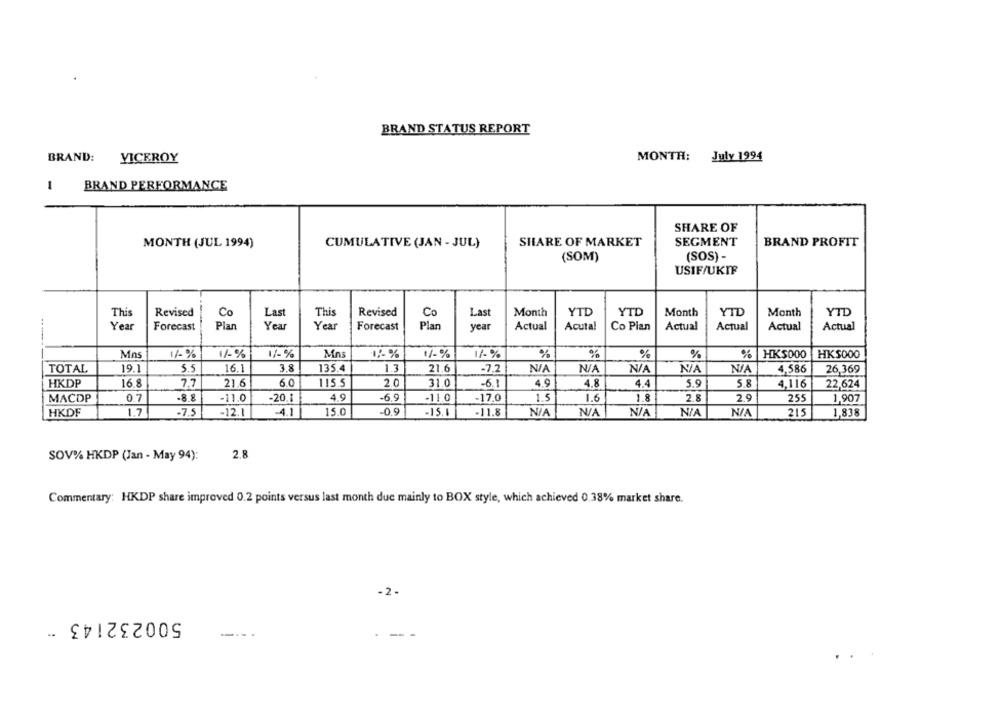
BRAND STATUS REPORT
VICEROY
MONTH: July 1994
BRAND:
1
BRAND PERFORMANCE
SHARE OF
MONTH (JUL 1994)
CUMULATIVE (JAN - JUL)
SHARE OF MARKET
SEGMENT
BRAND PROFIT
(SOM)
(SOS) -
USIF/UKIF
Thi
Revised
Co
Last
This
Revised
Co
Last
Month
YTD
YTD
Month
YTD
Month
YTD
Year
Forecast
Plan
Year
Year
Forecast
Plan
year
Actual
Acuta!
Co Pian
Actual
Actual
Actual
Actual
----
%
Mns
11 %
1/%
17%
Mas
17-%
1% %
%
%
HKS000
HKS000
TOTAL
19.1
5.5
16.1
3.8
135.4
1.3
21.6
-7,2
4.586
26,369
HKDP
16.8
7.7
21.6
6.0
115.5
2.0
31.0
-6.1
4.9
4.8
4.4
5.9
5.8
4.116
22,624
MACDP
0.7
-8.8
-11.0
-20.1
4.9
-6.9
-11.0
-17,0
1.5
1.6
1.8
2.8
2.9
255
1,907
HKDF
1.7
-7.5
-12.1
-4.1
15.0
-0.9
-15.1
-11.8
215
1,838
SOV% HKDP (Jan - May 94):
2.8
Commentary: HKDP share improved 0.2 points versus last month due mainly to BOX style, which achieved 0.38% market share.
-2-
500232143 -